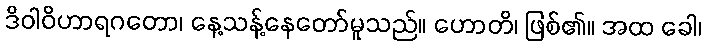
ဒိဝါဝိဟာရဂတော၊ နေ့သန့်နေတော်မူသည်။ ဟောတိ၊ ဖြစ်၏။ အထ ခေါ၊